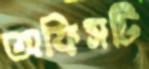
অফিসটি